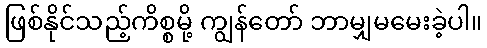
ဖြစ်နိုင်သည့်ကိစ္စမို့ ကျွန်တော် ဘာမျှမမေးခဲ့ပါ။